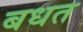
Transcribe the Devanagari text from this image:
बधत